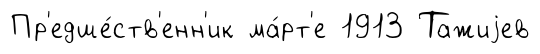
Пр'едше́ств'енн'ик ма́рт'е 1913 Тажиjев